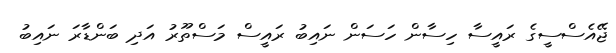
ޖޭއެސްސީގެ ރައީސާ ހިސާން ހަސަން ނައިބު ރައީސް މަސްތޫރު އަދި ބަންޑާރަ ނައިބު